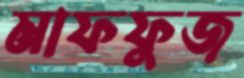
মাফফুজ